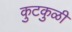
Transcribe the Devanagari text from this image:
कुटकुळी